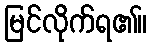
မြင်လိုက်ရ၏။